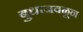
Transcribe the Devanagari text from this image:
बुधाजवळून